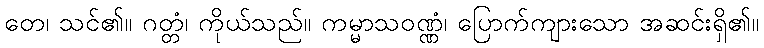
တေ၊ သင်၏။ ဂတ္တံ၊ ကိုယ်သည်။ ကမ္မာသဝဏ္ဏံ၊ ပြောက်ကျားသော အဆင်းရှိ၏။